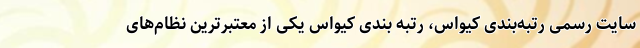
سایت رسمی رتبه‌بندی کیواس، رتبه بندی کیواس یکی از معتبرترین نظام‌های